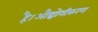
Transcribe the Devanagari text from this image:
है।औद्योगीकरण